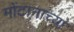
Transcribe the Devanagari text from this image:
मोंटानाच्या